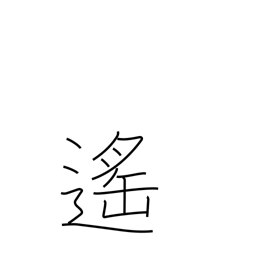
Meaning: distant